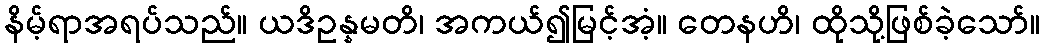
နိမ့်ရာအရပ်သည်။ ယဒိဥန္နမတိ၊ အကယ်၍မြင့်အံ့။ တေနဟိ၊ ထိုသို့ဖြစ်ခဲ့သော်။